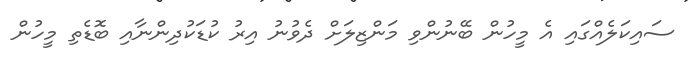
ސައިކަލެއްގައި އެ މީހުން ބޭނުންވި މަންޒިލަށް ދެވުނު އިރު ކުޑަކުދިންނާއި ބޮޑެތި މީހުން